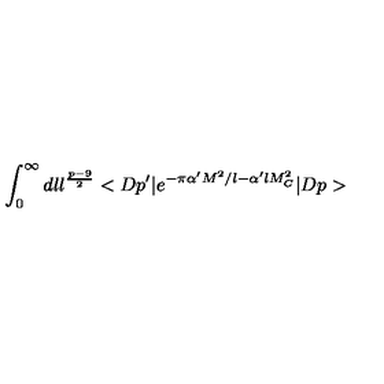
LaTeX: \int _ { 0 } ^ { \infty } d l l ^ { \frac { p - 9 } { 2 } } < D p ^ { \prime } \vert e ^ { - \pi \alpha ^ { \prime } M ^ { 2 } / l - \alpha ^ { \prime } l M _ { C } ^ { 2 } } \vert D p >